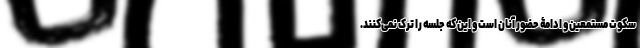
سکوت مستمعین و ادامۀ حضور آنان است و این که جلسه را ترک نمی‌کنند.